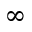
\infty